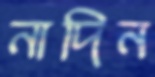
নাদিন